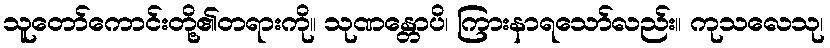
သူတော်ကောင်းတို့၏တရားကို။ သုဏန္တောပိ၊ ကြားနာရသော်လည်း။ ကုသလေသု၊